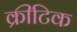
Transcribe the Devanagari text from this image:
क्रीटिक